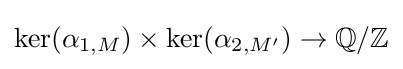
{\text{ker}}(\alpha _{1,M})\times \ker(\alpha _{2,M'})\rightarrow \mathbb {Q} /\mathbb {Z}